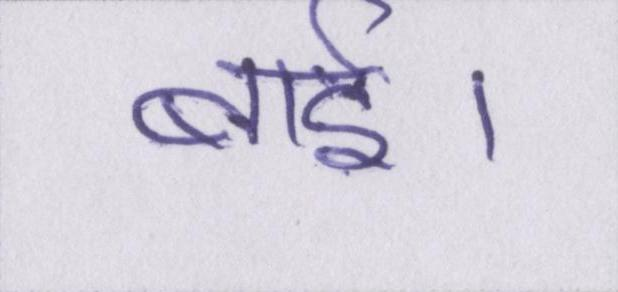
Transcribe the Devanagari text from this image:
बाई।